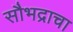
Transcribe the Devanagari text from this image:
सौभद्राचा